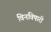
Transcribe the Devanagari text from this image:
विनविषारी